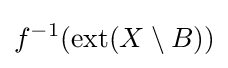
f^{-1}(\operatorname {ext} (X\setminus B))